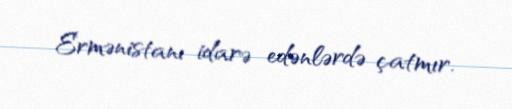
Ermənistanı idarə edənlərdə çatmır.